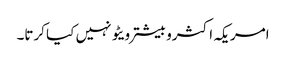
امریکہ اکثروبیشتر ویٹو نہیں کیا کرتا۔